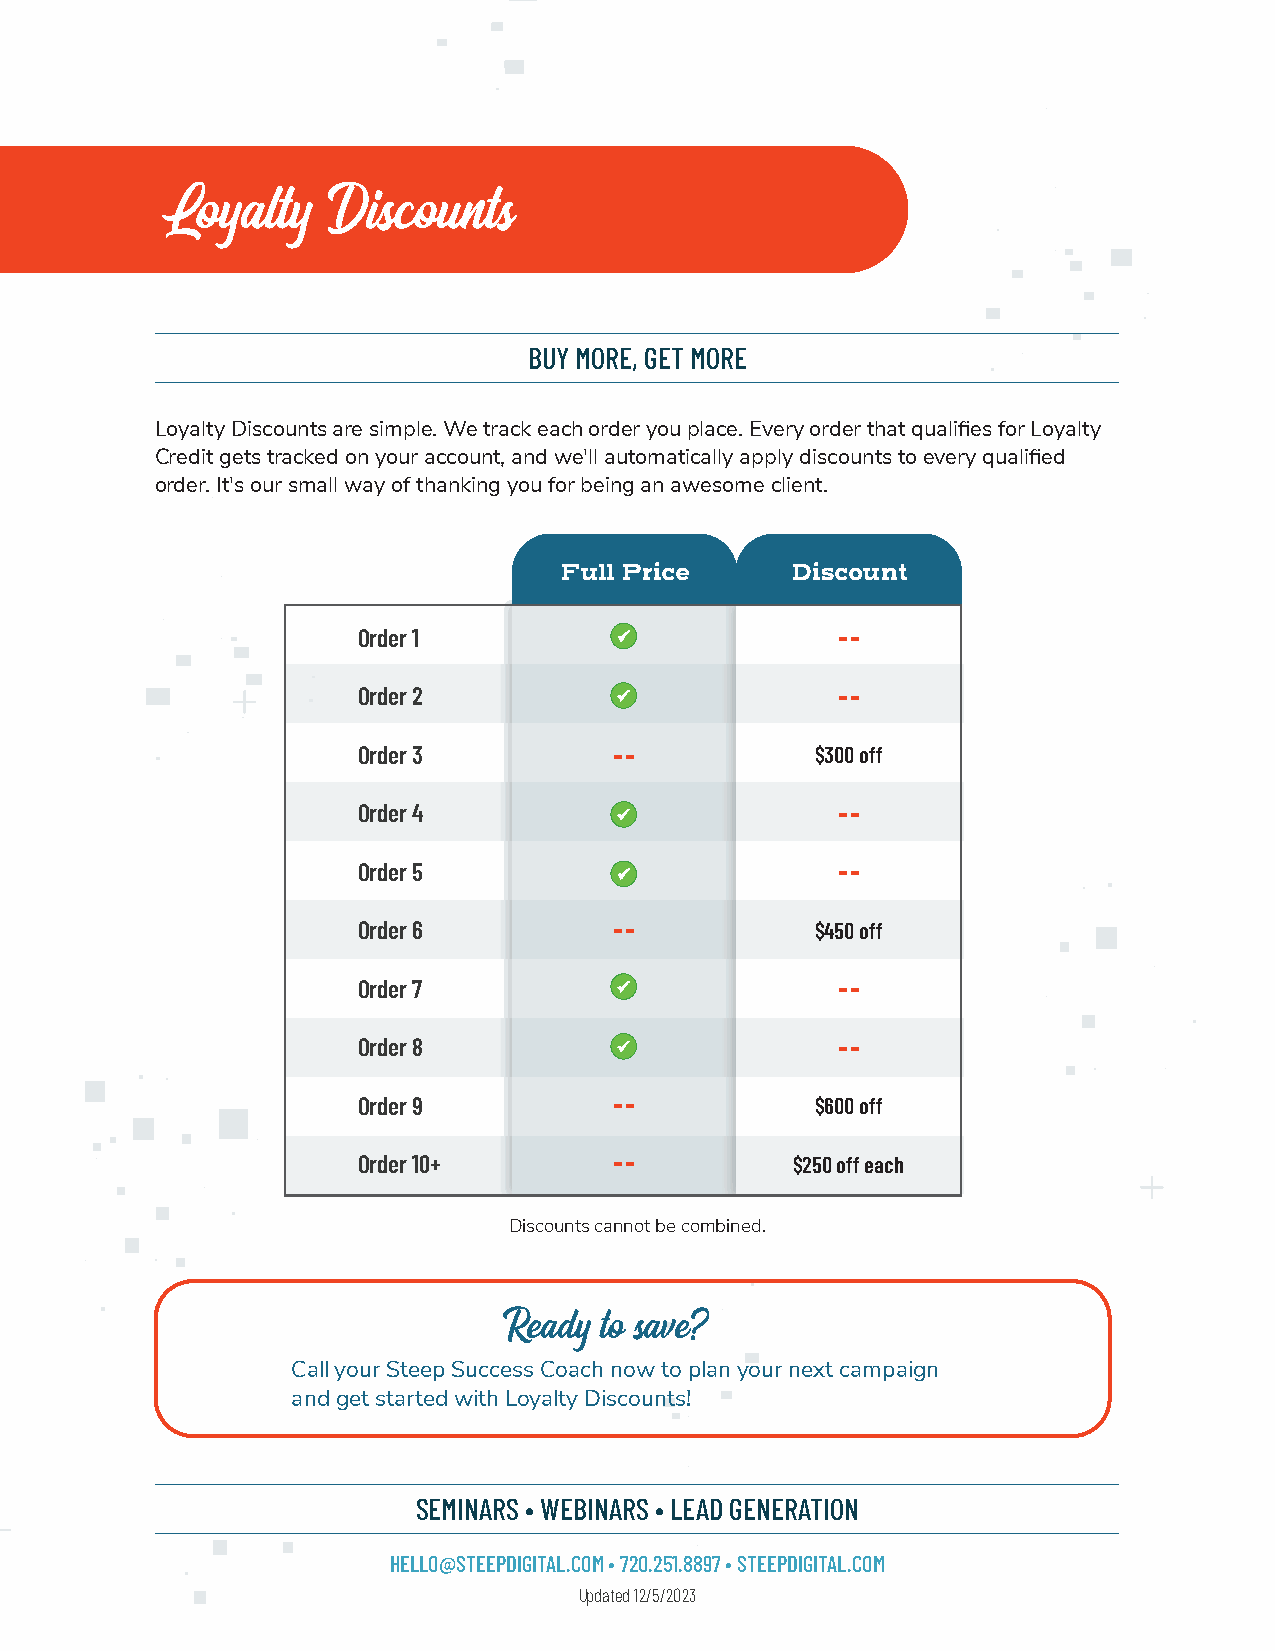
Loyalty    Discounts
 BUY MORE, GET MORE
 Loyalty Discounts are simple. We track each order you place. Every order that qualifies for Loyalty
 Credit gets tracked on your account, and we'll automatically apply discounts to every qualified
 order. It's our small way of thanking you for being an awesome client.
 Full Price     Discount
 Order 1                        --
 Order 2                        --
 Order 3         --            $300 off
 Order 4                        --
 Order 5                        --
 Order 6         --            $450 off
 Order 7                        --
 Order 8                        --
 Order 9         --            $600 off
 Order 10+       --           $250 off each
 DDiissccoouunnttss ccaannnnoott bbee ccoommbbiinneedd..
 Ready  to save?
 Call your Steep Success Coach now to plan your next campaign
 and get started with Loyalty Discounts!
 SEMINARS • WEBINARS • LEAD GENERATION
 HELLO@STEEPDIGITAL.COM • 720.251.8897 • STEEPDIGITAL.COM
 Updated 12/5/2023